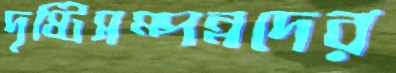
দৃষ্টিসম্পন্নদের